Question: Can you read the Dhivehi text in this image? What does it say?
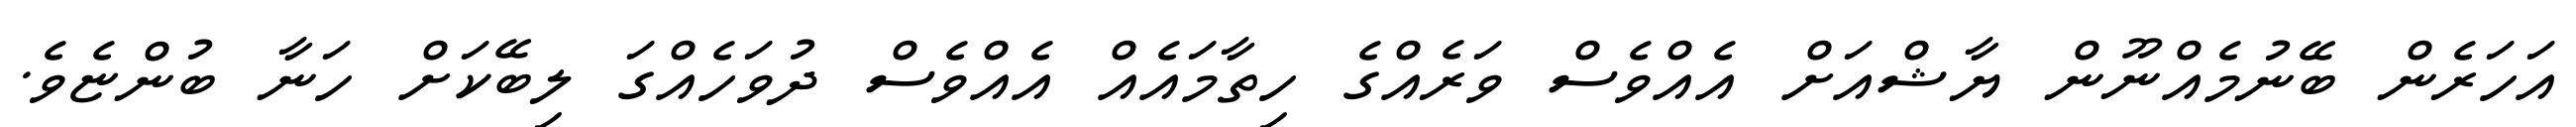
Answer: އަހަރެން ބޭނުމެއްނޫން ޔާޝްއަށް އެއްވެސް ވަރެއްގެ ހިތާމައެއް އެއްވެސް ދުވަހެއްގަ ލިބޭކަށް ހަނާ ބުންޏެވެ.